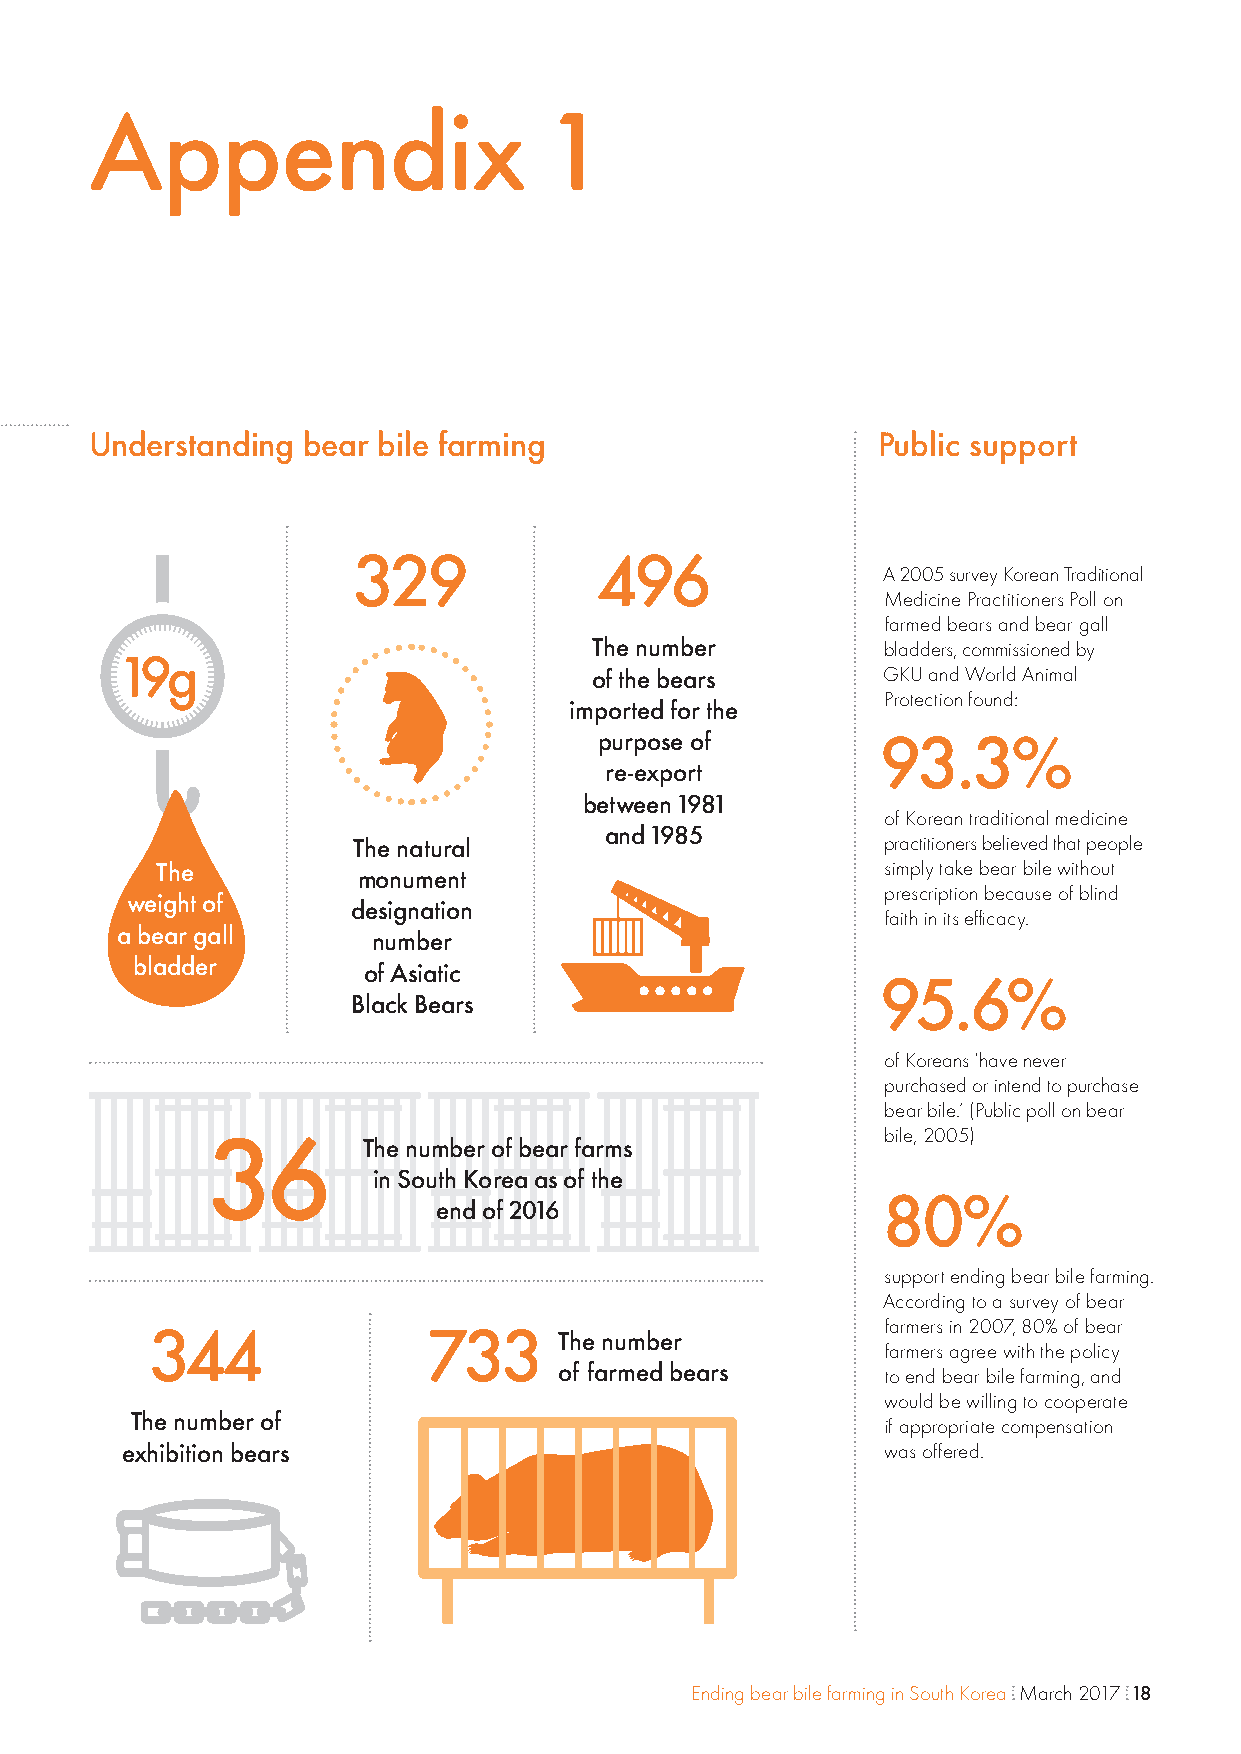
Appendix                       1
 Understanding bear bile farming                     Public support
 329              496
 A 2005 survey Korean Traditional
 Medicine Practitioners Poll on
 farmed bears and bear gall
 The number          bladders, commissioned by
 19g
 of the bears       GKU and World Animal
 Protection found:
 imported for the
 purpose of        93.3%
 re-export
 between 1981
 of Korean traditional medicine
 and 1985
 The natural                         practitioners believed that people
 The                                             simply take bear bile without
 monument
 prescription because of blind
 weight of
 designation
 faith in its efficacy.
 a bear gall
 number
 bladder
 of Asiatic
 95.6%
 Black Bears
 of Koreans ‘have never
 purchased or intend to purchase
 bear bile.’ (Public poll on bear
 36                                           bile, 2005)
 The number of bear farms
 in South Korea as of the
 80%
 end of 2016
 support ending bear bile farming.
 According to a survey of bear
 344               733                            farmers in 2007, 80% of bear
 The number
 farmers agree with the policy
 of farmed bears
 to end bear bile farming, and
 would be willing to cooperate
 The number of
 if appropriate compensation
 exhibition bears                                  was offered.
 Ending bear bile farming in South Korea March 2017 18